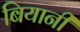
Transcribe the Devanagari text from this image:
बियानी